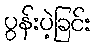
ပွန်းပဲ့ခြင်း